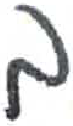
אות: ב